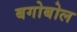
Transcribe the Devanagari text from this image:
बगोबोल